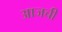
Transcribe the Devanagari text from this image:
अाजची